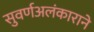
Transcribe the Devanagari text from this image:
सुवर्णअलंकाराने